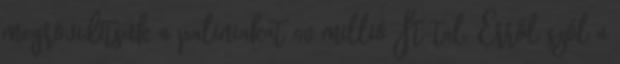
megrövidítsük a paliniakat 40 millió Ft-tal. Erről szól a